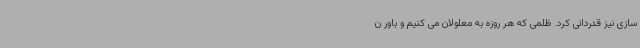
سازی نیز قدردانی کرد. ظلمی که هر روزه به معلولان می کنیم و باور ن